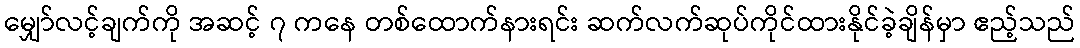
မျှော်လင့်ချက်ကို အဆင့် ၇ ကနေ တစ်ထောက်နားရင်း ဆက်လက်ဆုပ်ကိုင်ထားနိုင်ခဲ့ချိန်မှာ ဧည့်သည်